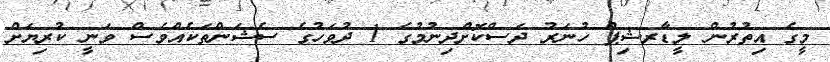
މީގެ އިތުރުން ލީޑާރޝިޕް ހުނަރު ދަސްކޮށްދިނުމުގެ 1 ދުވަހުގެ ސެޝަންތަކެއްވެސް ވަނީ ކުރިޔަށް